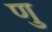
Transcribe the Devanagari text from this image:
णु